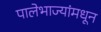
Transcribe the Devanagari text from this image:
पालेभाज्यांमधून